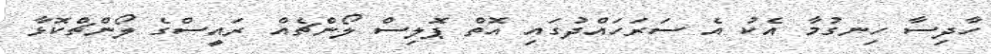
ހާދިސާ ހިނގުމާ އެކު އެ ސަރަހައްދުގައި އޮތް ޕޮލިސް ލޯންޗެއް ރައީސްގެ ލޯންޗްކޮޅާ